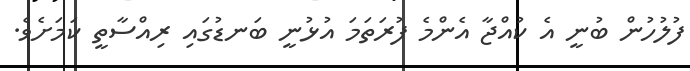
ފުލުުހުން ބުނީ އެ ކުއްޖާ އެންމެ ފުރަތަމަ އުޅުނީ ބަނޑުގައި ރިއްސާތީ ކަމަށެވެ.